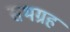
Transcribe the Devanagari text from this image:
सभग्रह